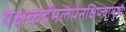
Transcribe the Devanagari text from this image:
यक्षकर्दमलेपेनक्षिप्त्वापुष्पैः